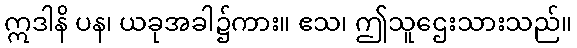
ဣဒါနိ ပန၊ ယခုအခါ၌ကား။ ဧသ၊ ဤသူဌေးသားသည်။